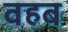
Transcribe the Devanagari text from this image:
वहब